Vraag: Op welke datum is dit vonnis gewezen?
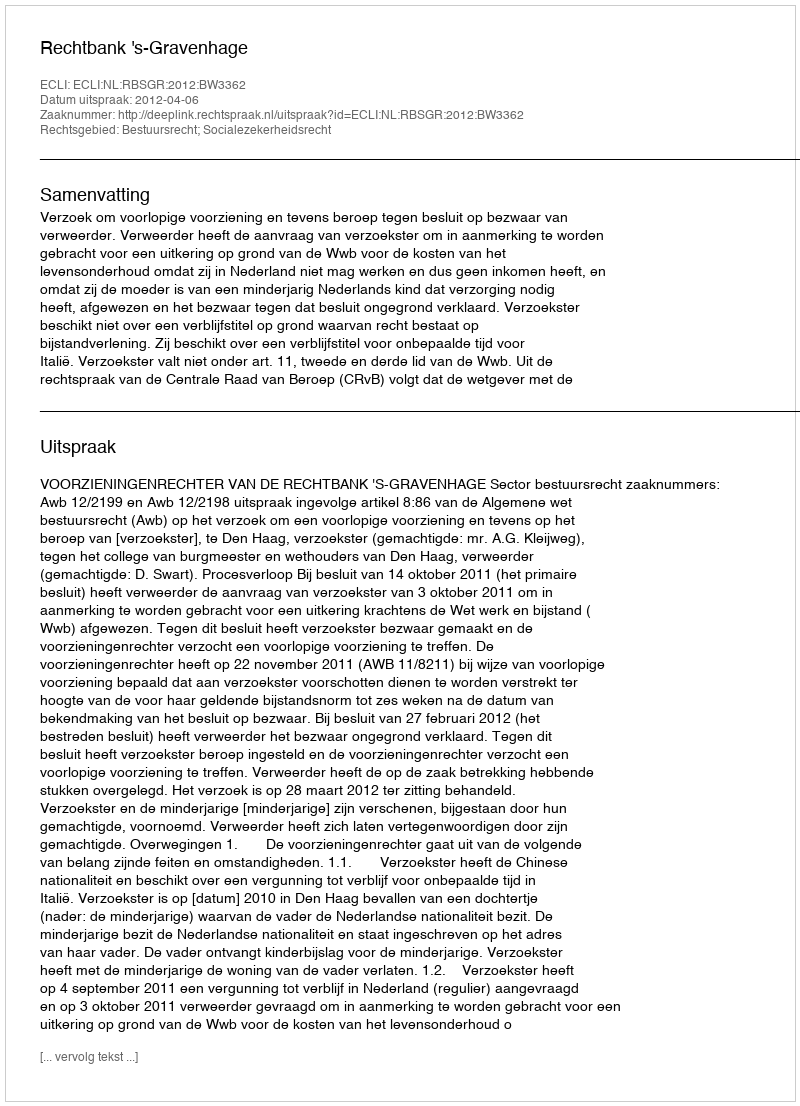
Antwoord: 2012-04-06